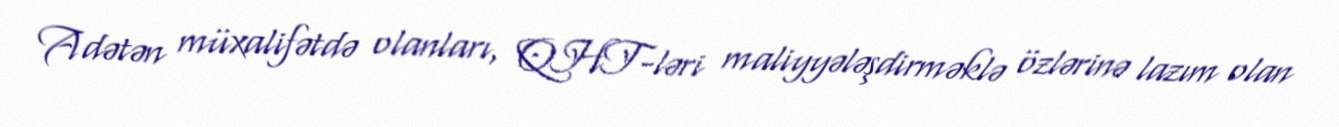
Adətən müxalifətdə olanları, QHT-ləri maliyyələşdirməklə özlərinə lazım olan